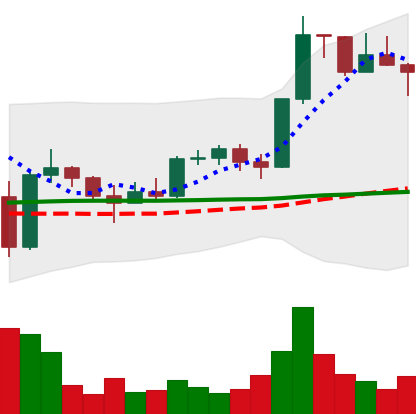
Ticker: LTC-USD
Chart end date: 2022-11-28
Forward return: 3.343%
Label: up_3_5